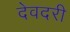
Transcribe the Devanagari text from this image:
देवदरी